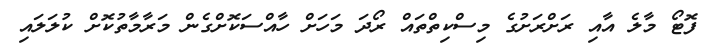
ފޮޓޯ މާލެ އާއި ރަށްރަށުގެ މިސްކިތްތައް ރޯދަ މަހަށް ހާއްސަކޮށްގެން މަރާމާތުކޮށް ކުލަލައި